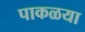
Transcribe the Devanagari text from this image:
पाकळया